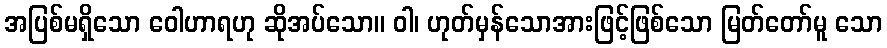
အပြစ်မရှိသော ဝေါဟာရဟု ဆိုအပ်သော။ ဝါ၊ ဟုတ်မှန်သောအားဖြင့်ဖြစ်သော မြတ်တော်မူ သော